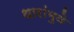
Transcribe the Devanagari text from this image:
थारांमुळे